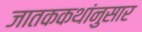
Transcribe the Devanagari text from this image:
जातककथांनुसार